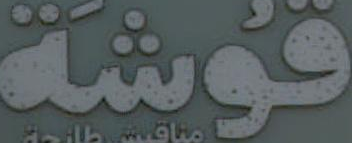
قوشة